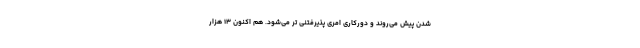
شدن پیش می‌روند و دورکاری امری پذیرفتنی تر می‌شود. هم اکنون ۱۳ هزار